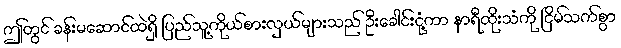
ဤတွင် ခန်းမဆောင်ထဲရှိ ပြည်သူ့ကိုယ်စားလှယ်များသည် ဦးခေါင်းငုံ့ကာ နာရီထိုးသံကို ငြိမ်သက်စွာ